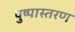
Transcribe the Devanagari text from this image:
पुष्पास्तरण